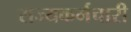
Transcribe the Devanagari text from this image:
राज्यकर्मचारी